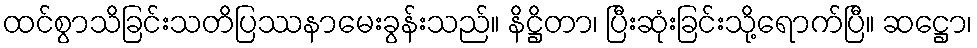
ထင်စွာသိခြင်းသတိပြဿနာမေးခွန်းသည်။ နိဋ္ဌိတာ၊ ပြီးဆုံးခြင်းသို့ရောက်ပြီ။ ဆဋ္ဌော၊